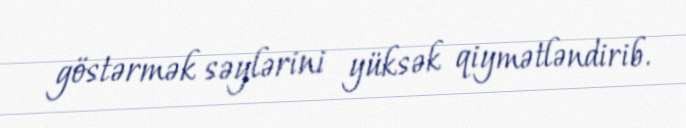
göstərmək səylərini yüksək qiymətləndirib.